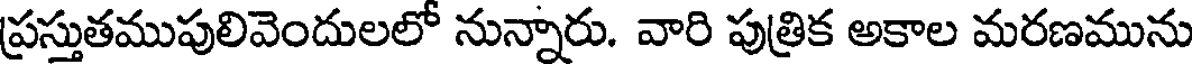
ప్రస్తుతముపులివెందులలో నున్నారు. వారి పుత్రిక అకాల మరణమును